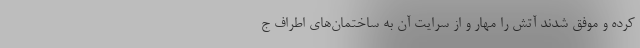
کرده و موفق شدند آتش را مهار و از سرایت آن به ساختمان‌های اطراف ج